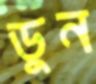
ডুন